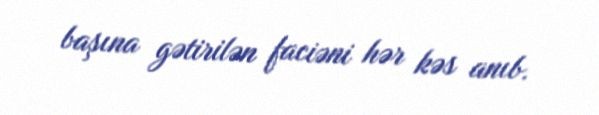
başına gətirilən faciəni hər kəs anıb.